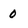
Character: 0